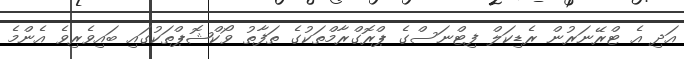
އަދި އެ ޓްރޭނަރުން ރެޑިކަލް ފިޓްނަސްގެ ޕްރޮގްރާމްތަކުގެ ތަފާތު ވޯކްޝޮޕްތަކުގައި ބައިވެރިވެ އެންމެ